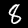
Label: 8